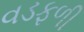
વડફળી